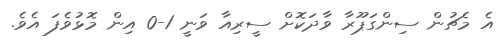
އެ މެޗުން ސިންގަޕޫރާ ވާދަކޮށް ސީރިއާ ވަނީ 1-0 އިން މޮޅުވެފަ އެވެ.